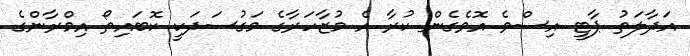
އަދާލަތު ޕާޓީ އިސްވެ އޮވެގެން ކުރާ އެ މުޒާހަރާގެ މަގުސަދަކީ ކޮބައިތޯ އިމްރާންގެ